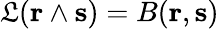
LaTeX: \mathfrak{L}(\mathbf{{r}}\wedge\mathbf{{s}})=B(\mathbf{{r}},\mathbf{{s}})